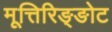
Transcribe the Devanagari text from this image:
मूत्तिरिङ्ङोट